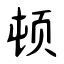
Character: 顿